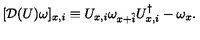
[ { \cal D } ( U ) \omega ] _ { x , i } \equiv U _ { x , i } \omega _ { x + \hat { i } } U _ { x , i } ^ { \dagger } - \omega _ { x } .